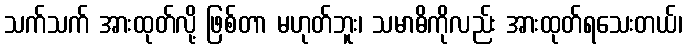
သက်သက် အားထုတ်လို့ ဖြစ်တာ မဟုတ်ဘူး၊ သမာဓိကိုလည်း အားထုတ်ရသေးတယ်၊